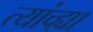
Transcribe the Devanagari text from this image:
त्यांच्ह्या